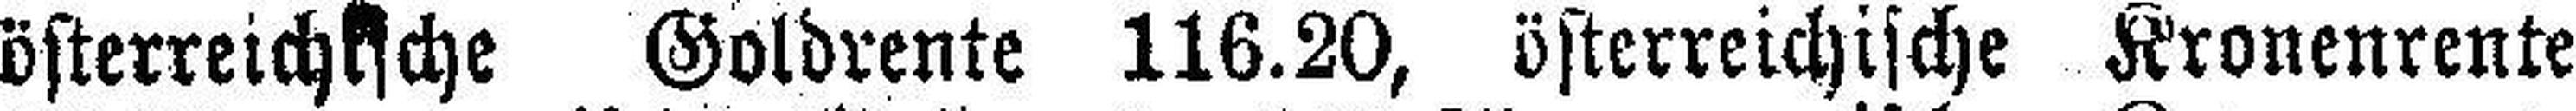
österreichische Goldrente 116.20, österreichische Kronenrente